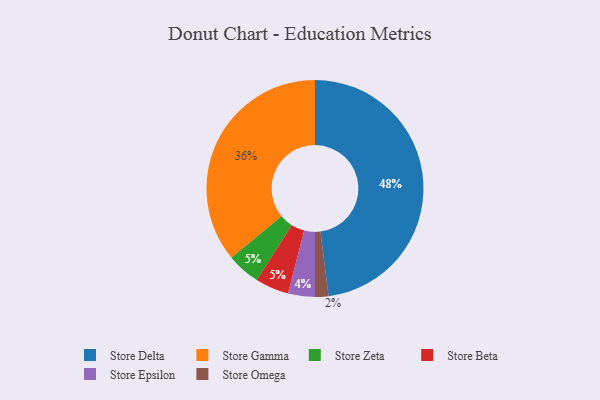
{"axis": {"x": "Category", "y": "Percentage"}, "legend": ["Store Beta", "Store Delta", "Store Epsilon", "Store Gamma", "Store Omega", "Store Zeta"], "data": [{"x": "Store Zeta", "y": 5, "type": "Store Zeta"}, {"x": "Store Delta", "y": 48, "type": "Store Delta"}, {"x": "Store Epsilon", "y": 4, "type": "Store Epsilon"}, {"x": "Store Beta", "y": 5, "type": "Store Beta"}, {"x": "Store Omega", "y": 2, "type": "Store Omega"}, {"x": "Store Gamma", "y": 36, "type": "Store Gamma"}]}